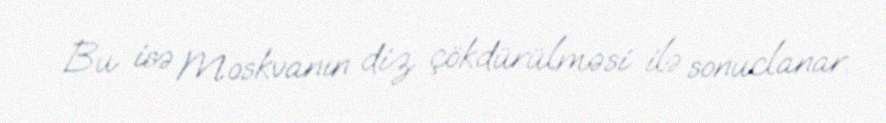
Bu isə Moskvanın diz çökdürülməsi ilə sonuclanar.